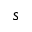
s